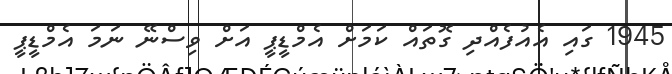
1945 ގައި އެއުފެއްދި ގޮތައް ކަމަށް އެމްޑީޕީ އަށް ވިސްނޭ ނަމަ އެމްޑީޕީ